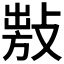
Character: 𢾍